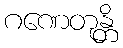
ဂဏေတုန္တိ